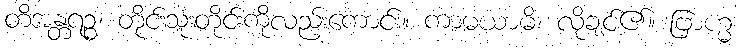
တိအန္တရဉ္စ၊ တိုင်းသုံးတိုင်းကိုလည်းကောင်း။ ကာမယာမိ၊ လိုချင်၏။ ဗြာဟ္မ